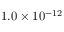
{ \phantom { - } 1 . 0 \times 1 0 ^ { - 1 2 } }